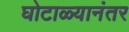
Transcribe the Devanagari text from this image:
घोटाळ्यानंतर